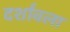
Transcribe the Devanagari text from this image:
दर्शावला